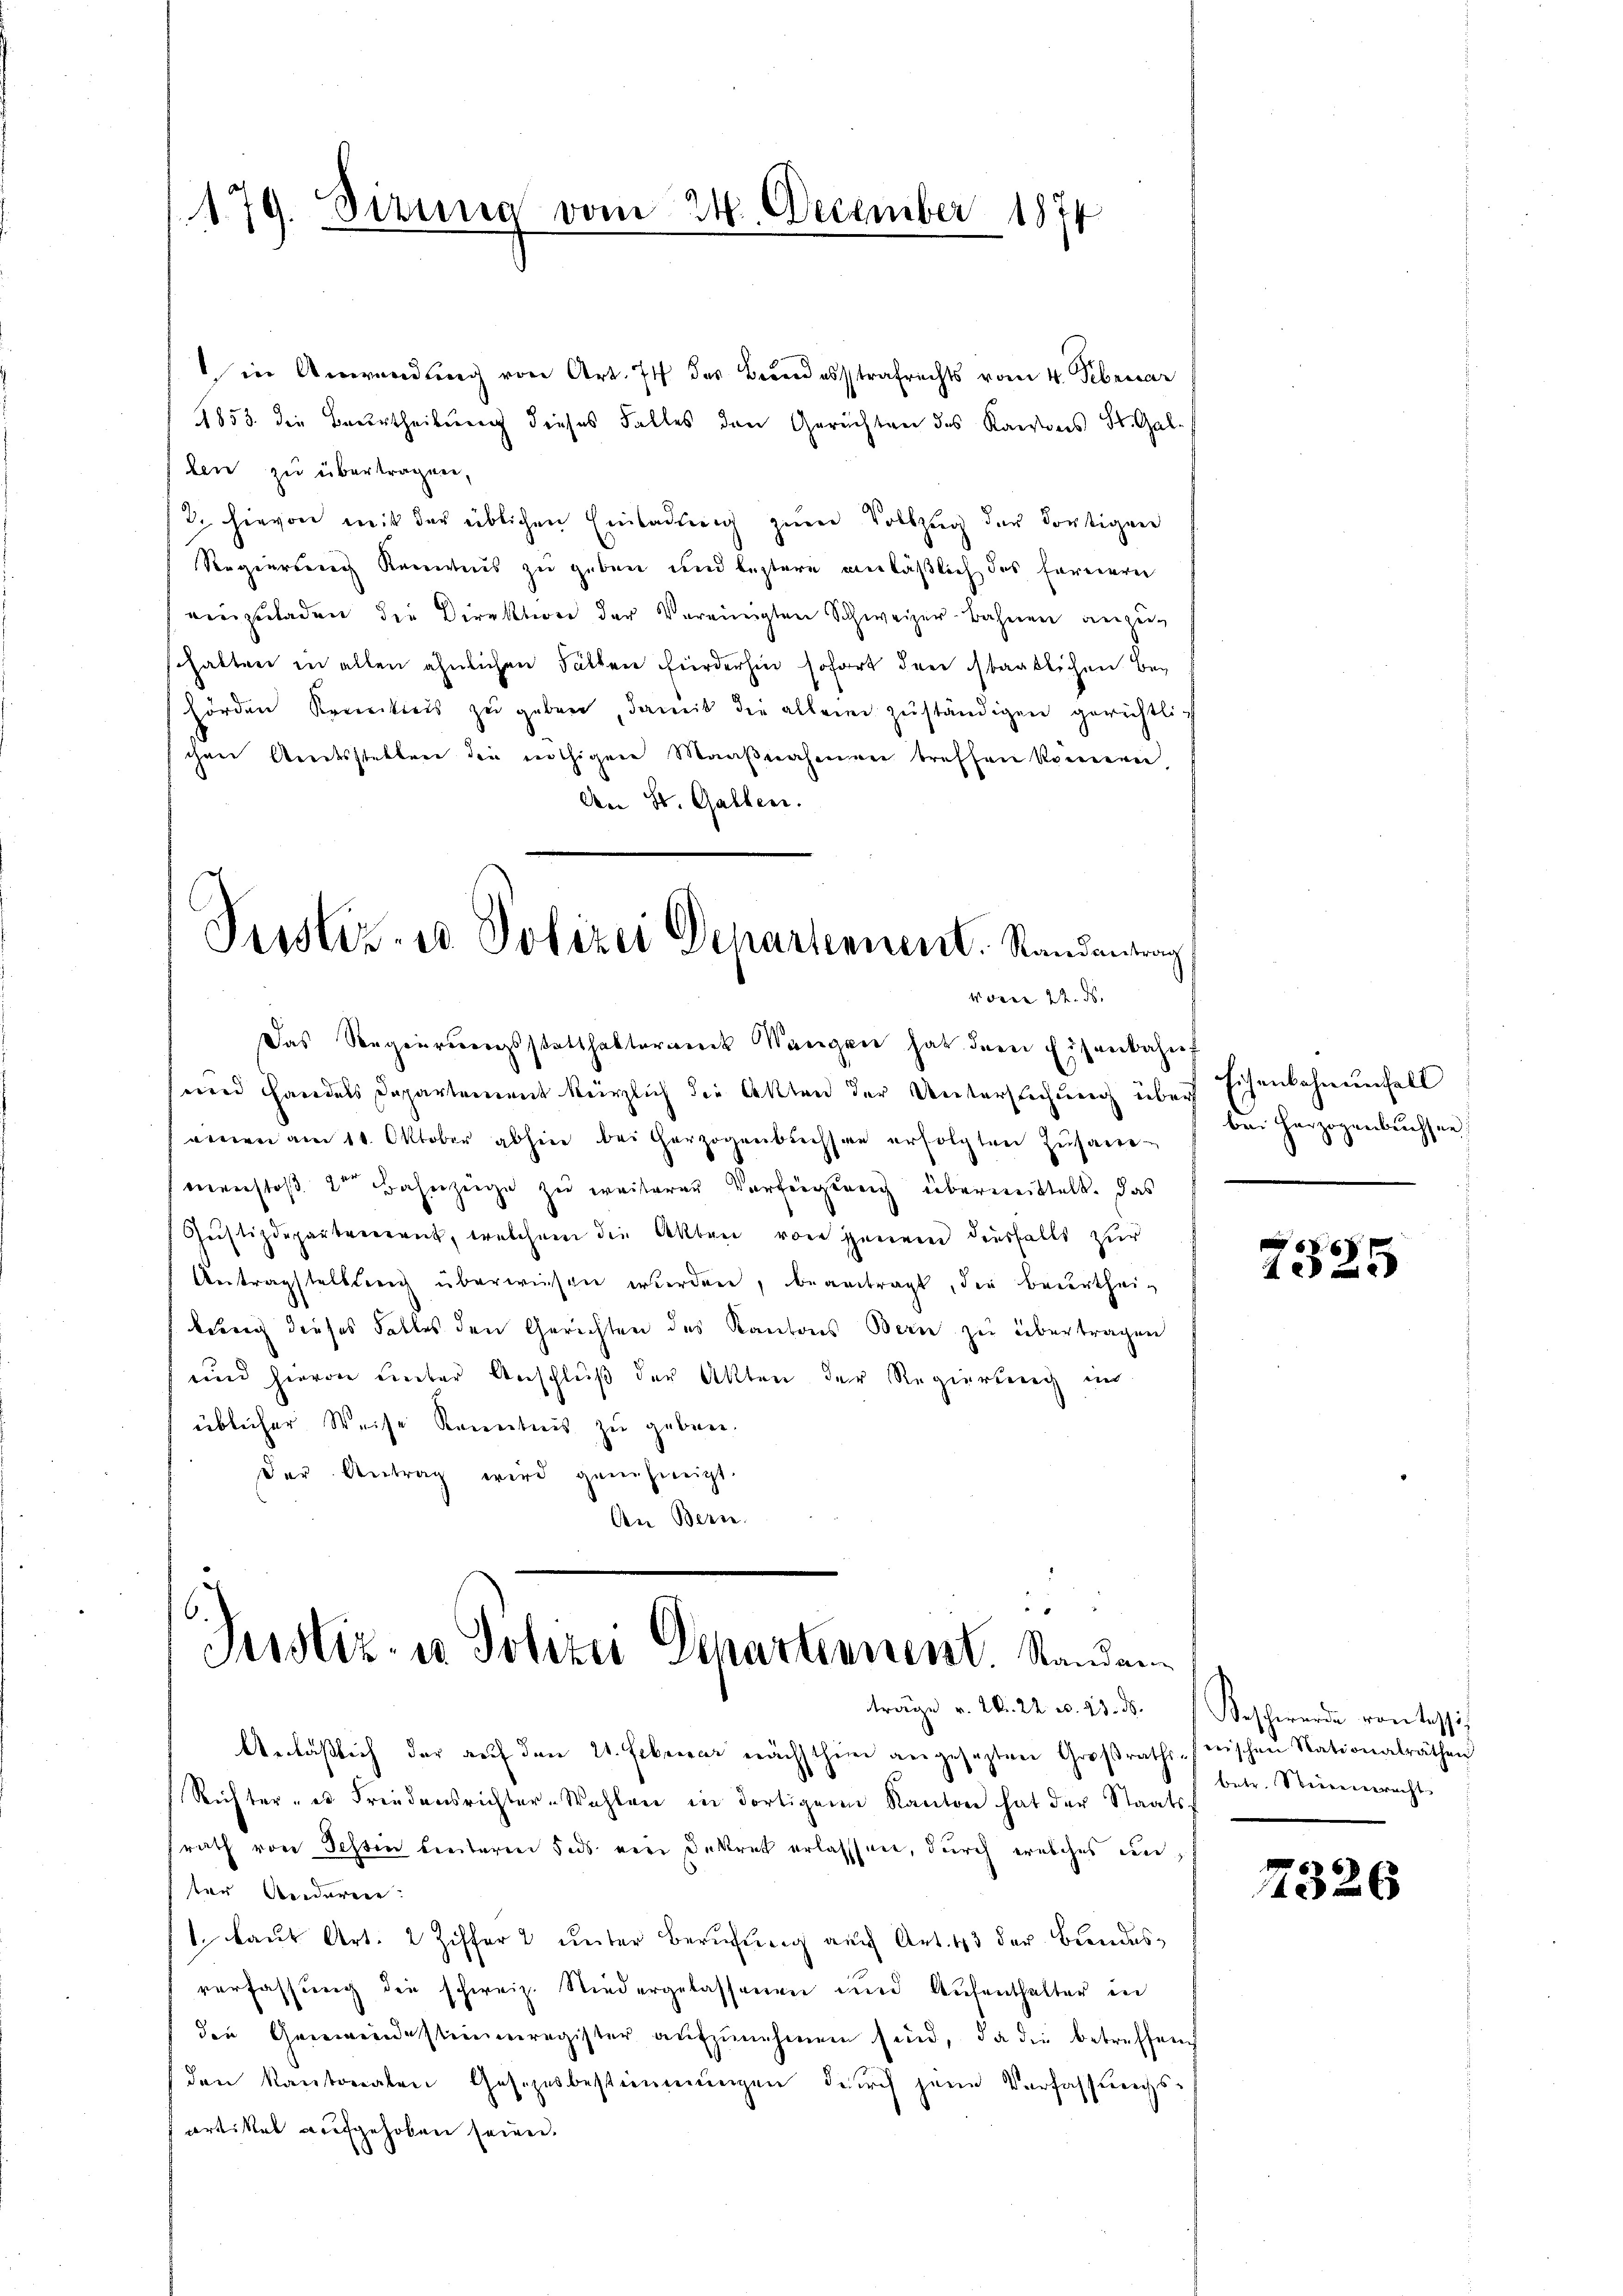
179. Dizung vom 24. December 1874

in Anwendung von Art. 71 des Bundesstrafrechts vom 4. Februar
1853 die Beurtheilung dieses Falles den Gerichten des Kantons St. Gal
len zu übertragen,
/2. hievon mit der üblichen Einladung zum Vollzug der dortigen
Regierung anweis zu geben und leztere anläßlich das fernerei
einzŭladen die Direktion der Vereinigten Schweizer-Bahnen anzu-
shalten in allen ähnlichen Fällen fürderhin sofort den staatlichen Behörden Krankreis zu geben, damit die allein zŭständigen gerichtlich
chen Amtsstellen die nöthigere Maaßnahmen treffen könnern,
Den St. Gallen.
Das Regierungsstatthalteramik Wangen hat dem Eisenbahnf
und Handels Departement kürzlich die Akten der Untersuchung über
winen am 11. Oktober abhin beitherzogenbuchsae erfolgten Zusame
menstoß der Bahnzeige zu weiteren Verfügung überweittelt. das
Justizdeparteierant, welchem die Akten von jenem diesfalls zur
Antragstellteres überwiesen werden, beantragt, die Beurtheikung dieses Falles den Gerichten des Kantons Bern zu übertragen
und hievon unter Anschluß der Akten der Regierung in
üblicher Weise Kenntnis zu geben.
der Antrag wird genehmigt.
Den Berne.

Justiz- u Polizei Departennent. Randantrag
Woren 22. ds.

u
6
Justiz- u Polizei Departinnen. Standen
träge v. 20. 22 u. 23. d.

Anläßlich der aŭf den 21. Februar nächsthin angesezten Großraths-wischen Nationalräthen
Richter - es Friedensrichter-Wahlen in dortigen Kanton hat der Staats-
srath von Schlin hintere Fods eine Dekret erlassen, durch welches unter Anderer:
1. Laut Art. 2 Ziffer unter Berufung auch Art. 43 der Bundesverfassung die schweiz. Niedergelassenen und Aufenthalter in
den Gemeindestimmregister aufzunehmen sind, da die betreffen
den kantonalen Gesezesbestimmungen durch jene Verfassungs¬
Artikel aufgehoben seien.

Eisenbahnungell
bei Herzogenbuchsee,

6 x
4 x

Beschwerde von tessi
betr. Steineneracht

7326